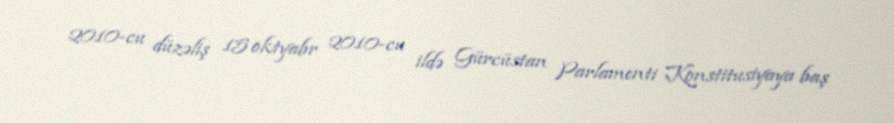
2010-cu düzəliş 15 oktyabr 2010-cu ildə Gürcüstan Parlamenti Konstitusiyaya baş